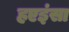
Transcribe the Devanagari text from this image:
हएइंसा